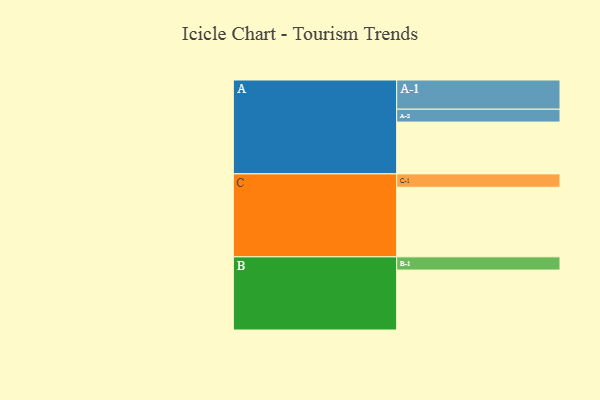
{"axis": {"x": "Segment", "y": "Value"}, "legend": ["", "A", "B", "C"], "data": [{"x": "A", "y": 337, "type": ""}, {"x": "B", "y": 390, "type": ""}, {"x": "C", "y": 453, "type": ""}, {"x": "A-1", "y": 190, "type": "A"}, {"x": "A-2", "y": 84, "type": "A"}, {"x": "B-1", "y": 86, "type": "B"}, {"x": "C-1", "y": 87, "type": "C"}]}